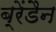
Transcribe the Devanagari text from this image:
ब्रेंडैन